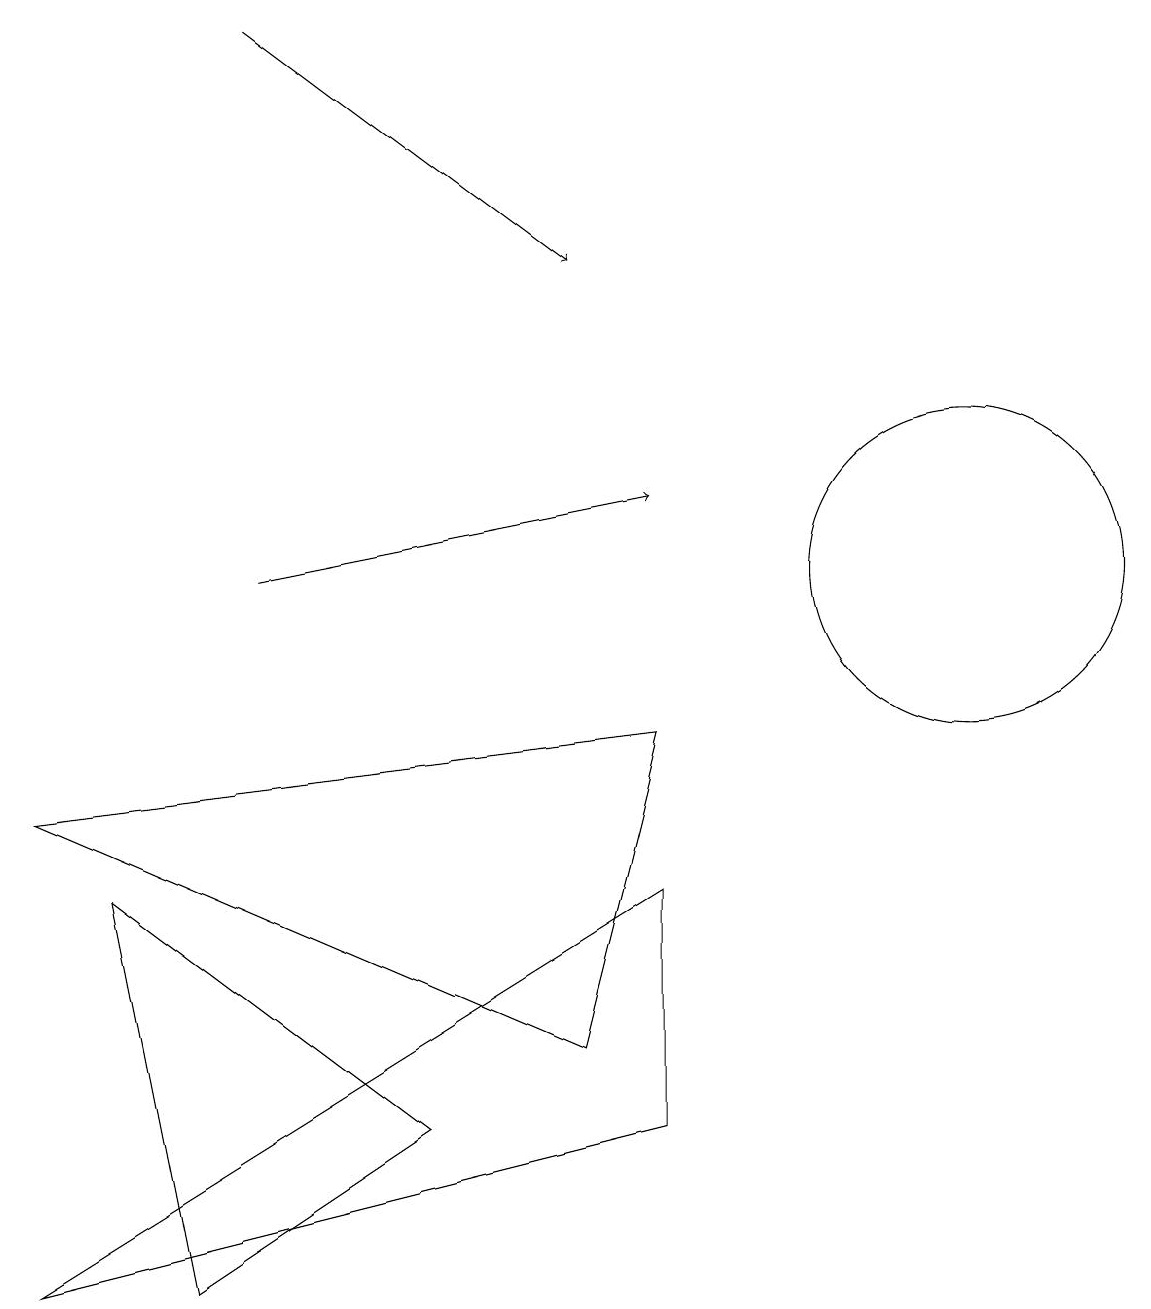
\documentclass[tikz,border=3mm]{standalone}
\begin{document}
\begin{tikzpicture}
\draw (12,10) circle (0);
\draw[->] (3,17) -- (7,14);
\draw (1,6) -- (5,3) -- (2,1) -- cycle;
\draw (12,10) circle (2);
\draw (8,8) -- (7,4) -- (0,7) -- cycle;
\draw[->] (3,10) -- (8,11);
\draw (8,6) -- (0,1) -- (8,3) -- cycle;
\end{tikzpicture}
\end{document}